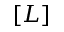
[ L ]